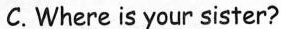
C.Where is your sister?